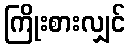
ကြိုးစားလျှင်